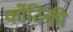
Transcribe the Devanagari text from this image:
कोंटिकी